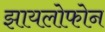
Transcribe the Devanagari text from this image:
झायलोफोन